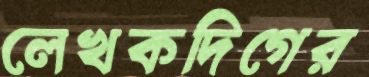
লেখকদিগের